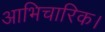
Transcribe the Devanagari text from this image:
आभिचारिक।